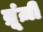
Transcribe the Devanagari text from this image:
ब्रूंज़ी